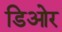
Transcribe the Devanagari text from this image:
डिओर